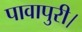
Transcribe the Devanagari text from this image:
पावापुरी।